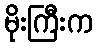
မိုးကြီးက